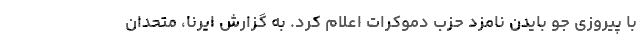
با پیروزی جو بایدن نامزد حزب دموکرات اعلام کرد. به گزارش ایرنا، متحدان